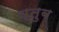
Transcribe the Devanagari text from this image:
य्तुब